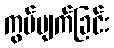
ကွပ်မျက်ခြင်း